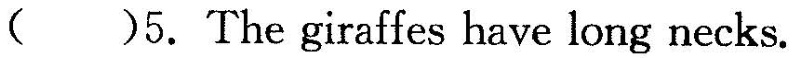
( )5.The giraffes have long necks.